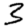
Digit: 3